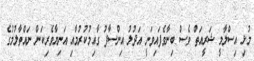
މުޅި އިސްލާމީ ޝަރީއަތް ވެސް ބިނާވެފައިވަނީ އަދުލު އިންސާފު ގާއިމުކުރުމާއި އަނިޔާވެރިކަން ނައްތާލުމުގެ